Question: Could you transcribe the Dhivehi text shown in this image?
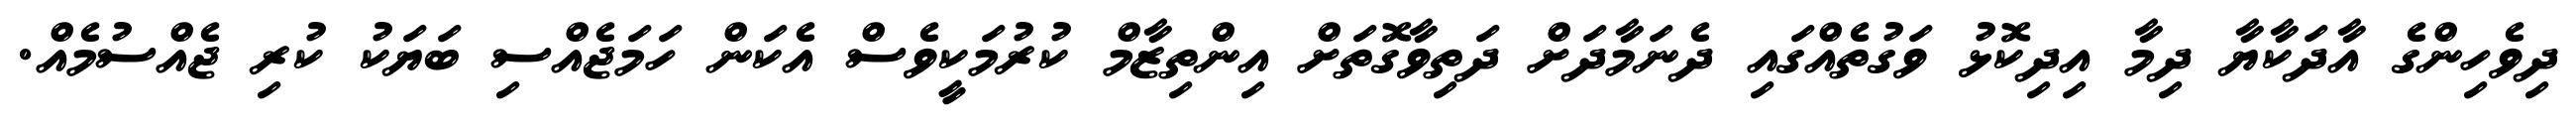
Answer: ދިވެހިންގެ އާދަކާޔާ ދިމާ އިދިކޮޅު ވަގުތެއްގައި ދެނަމާދަށް ދަތިވާގޮތަށް އިންތިޒާމް ކުރުމަކީވެސް އެކަން ހަމަޖެއްސި ބަޔަކު ކުރި ޖެއްސުމެއް.